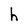
Character: h